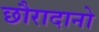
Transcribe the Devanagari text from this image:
छौरादानो